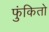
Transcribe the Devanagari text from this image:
फुंकितो